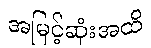
အမြင့်ဆုံးအထိ